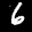
Label: 6